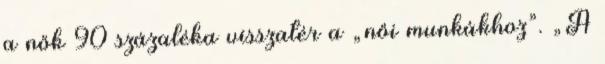
a nők 90 százaléka visszatér a „női munkákhoz”. „A